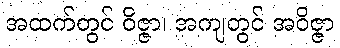
အထက်တွင် ဝိဇ္ဇာ၊ အကျတွင် အဝိဇ္ဇာ